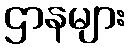
ဌာနများ